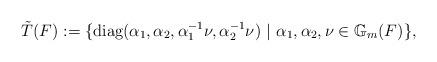
LaTeX: \begin{align*} \tilde{T}(F):=\{ \mbox{diag}(\alpha_1, \alpha_2, \alpha_1^{-1}\nu, \alpha_2^{-1}\nu) \ \vert \ \alpha_1, \alpha_2, \nu \in \mathbb{G}_m(F) \},\end{align*}